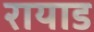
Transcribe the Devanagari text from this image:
रायाड